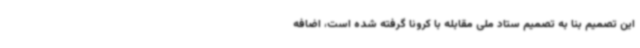
این تصمیم بنا به تصمیم ستاد ملی مقابله با کرونا گرفته شده است، اضافه